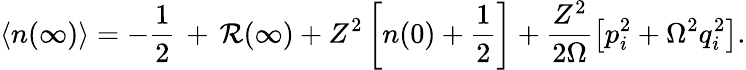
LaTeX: \left<n(\infty)\right>=-\frac{1}{2}\, +\, {\cal R}(\infty)+{Z^{2}}\left[n(0)+\frac{1}{2}\right]+\frac{Z^{2}}{2\Omega}\left[{p_{i}^{2}}+\Omega^{2}q_{i}^{2}\right].